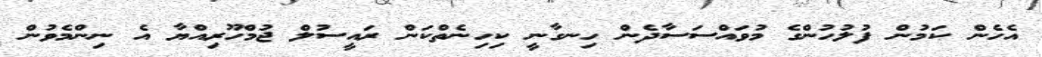
އެހެން ކަމުން ފުލުހުންގެ މުވައްސަސާދެން ހިނގާނީ ކިހިނެތްކަން ރައީސުލް ޖުމްހޫރިއްޔާ އެ ނިންމެވުން